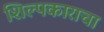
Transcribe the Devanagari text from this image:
शिल्पकाराचा